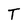
Character: T